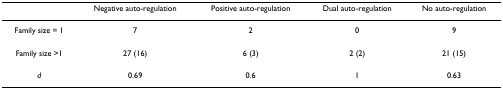
|  | Negative auto-regulation | Positive auto-regulation | Dual auto-regulation | No auto-regulation |
 | --- | --- | --- | --- | --- |
 | Family size = 1 | 7 | 2 | 0 | 9 |
 | Family size >1 | 27 (16) | 6 (3) | 2 (2) | 21 (15) |
 | d | 0.69 | 0.6 | 1 | 0.63 |